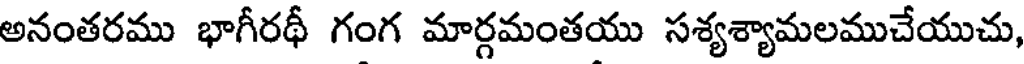
అనంతరము భాగీరథీ గంగ మార్గమంతయు సశ్యశ్యామలముచేయుచు,